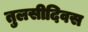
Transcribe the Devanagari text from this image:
तुलसीदिवस